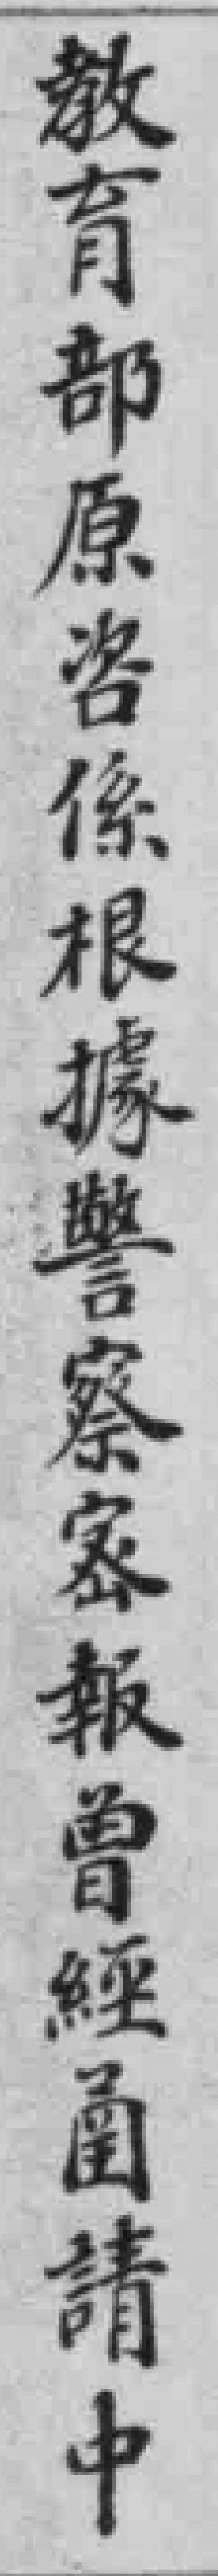
教育部原咨係根據警察密報曾經圅請中